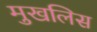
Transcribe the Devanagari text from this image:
मुखलिस